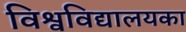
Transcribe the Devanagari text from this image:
विश्वविद्यालयका